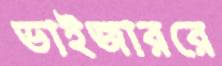
ভাইজাররে